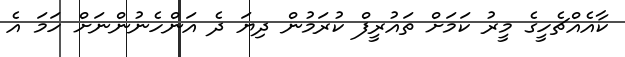
ކާއެއްޗެހީގެ މީރު ކަމަށް ތައުރީފް ކުރަމުން ދިޔަ ދެ އަންހެނުންނަށް ހަމަ އެ